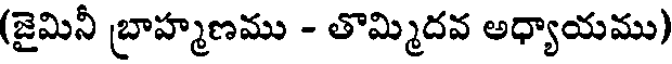
(జైమినీ బ్రాహ్మణము - తొమ్మిదవ అధ్యాయము)